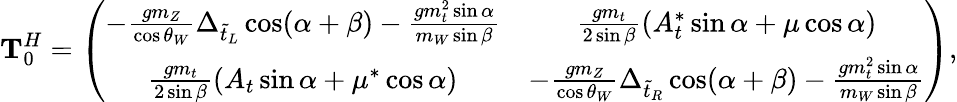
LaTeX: {\mathbf T}_{0}^{H}=\left(\begin{array}{cc}{{-\frac{gm_{Z}}{\cos\theta_{W}}\Delta_{\tilde{t}_{L}}\cos(\alpha+\beta)-\frac{gm_{t}^{2}\sin\alpha}{m_{W}\sin\beta}}}&{{\frac{gm_{t}}{2\sin\beta}(A_{t}^{*}\sin\alpha+\mu\cos\alpha)}}\\ {{\frac{gm_{t}}{2\sin\beta}(A_{t}\sin\alpha+\mu^{*}\cos\alpha)}}&{{-\frac{gm_{Z}}{\cos\theta_{W}}\Delta_{\tilde{t}_{R}}\cos(\alpha+\beta)-\frac{gm_{t}^{2}\sin\alpha}{m_{W}\sin\beta}}}\end{array}\right),